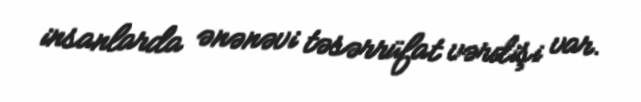
insanlarda ənənəvi təsərrüfat vərdişi var.